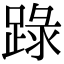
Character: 䟿